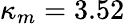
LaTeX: \kappa_{m}=3.52